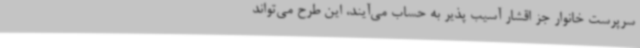
سرپرست خانوار جز اقشار آسیب پذیر به حساب می‌آیند، این طرح می‌تواند